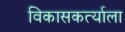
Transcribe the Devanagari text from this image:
विकासकर्त्याला